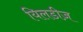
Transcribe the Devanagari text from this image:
यिलडीज़